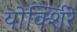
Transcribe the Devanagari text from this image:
योर्क्शिरे